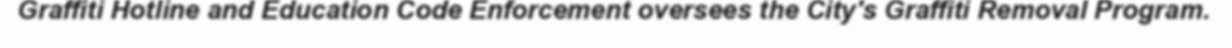
Graffiti Hotline and Education Code Enforcement oversees the City's Graffiti Removal Program.